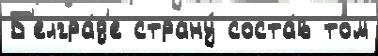
Б'елгра́д'е страну́ соста́в том